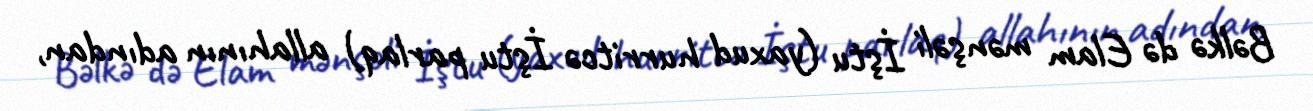
Bəlkə də Elam mənşəli İştu (yaxud hurritcə İştu parlaq) allahının adından,